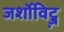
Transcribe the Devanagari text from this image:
जर्शोविट्ज़